Scottish Leaving Certificate Examination, 1958
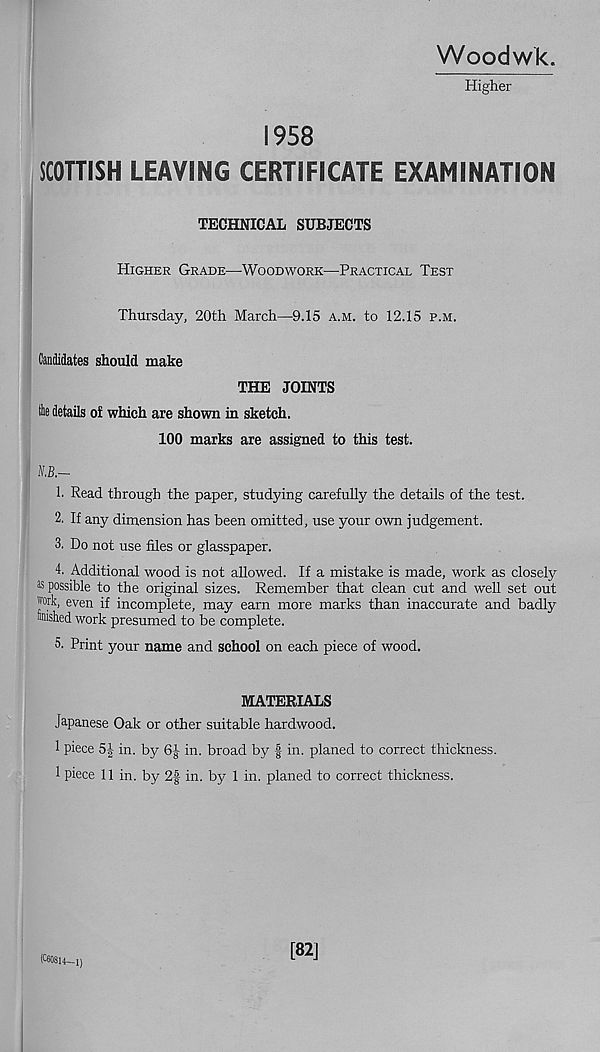
Woodwk.
Higher
1958
SCOTTISH LEAVING CERTIFICATE EXAMINATION
TECHNICAL SUBJECTS
Higher Grade—Woodwork—Practical Test
Thursday, 20th March—9.15 a.m. to 12.15 p.m.
Candidates should make
THE JOINTS
tie details of which are shown in sketch.
100 marks are assigned to this test.
1. Read through the paper, studying carefully the details of the test.
2. If any dimension has been omitted, use your own judgement.
3. Do not use files or glasspaper.
4. Additional wood is not allowed. If a mistake is made, work as closely
® possible to the original sizes. Remember that clean cut and well set out
work, even if incomplete, may earn more marks than inaccurate and badly
“nished work presumed to be complete.
5. Print your name and school on each piece of wood.
MATERIALS
Japanese Oak or other suitable hardwood.
1 piece 5| in. by
in. broad by f in. planed to correct thickness.
1 piece 11 in. by 2f in. by 1 in. planed to correct thickness.
(060814—!)
[82]